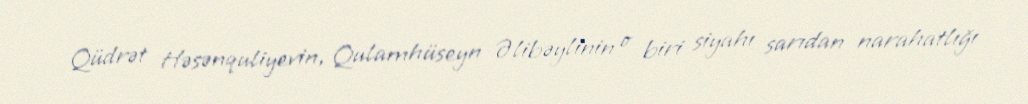
Qüdrət Həsənquliyevin, Qulamhüseyn Əlibəylinin o biri siyahı sarıdan narahatlığı